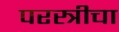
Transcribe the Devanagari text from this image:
परस्त्रीचा